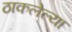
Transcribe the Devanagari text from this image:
ठाकलेल्या